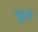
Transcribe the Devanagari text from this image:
छूले